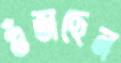
গুঁজছেন